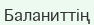
Баланиттің